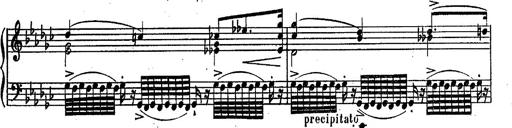
Title: RÃ©miniscences des Huguenots
Composer: Franz Liszt